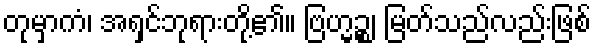
တုမှာကံ၊ အရှင်ဘုရားတို့၏။ ဗြဟ္မဉ္စ၊ မြတ်သည်လည်းဖြစ်